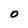
Character: 0